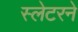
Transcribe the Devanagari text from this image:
स्लेटरने